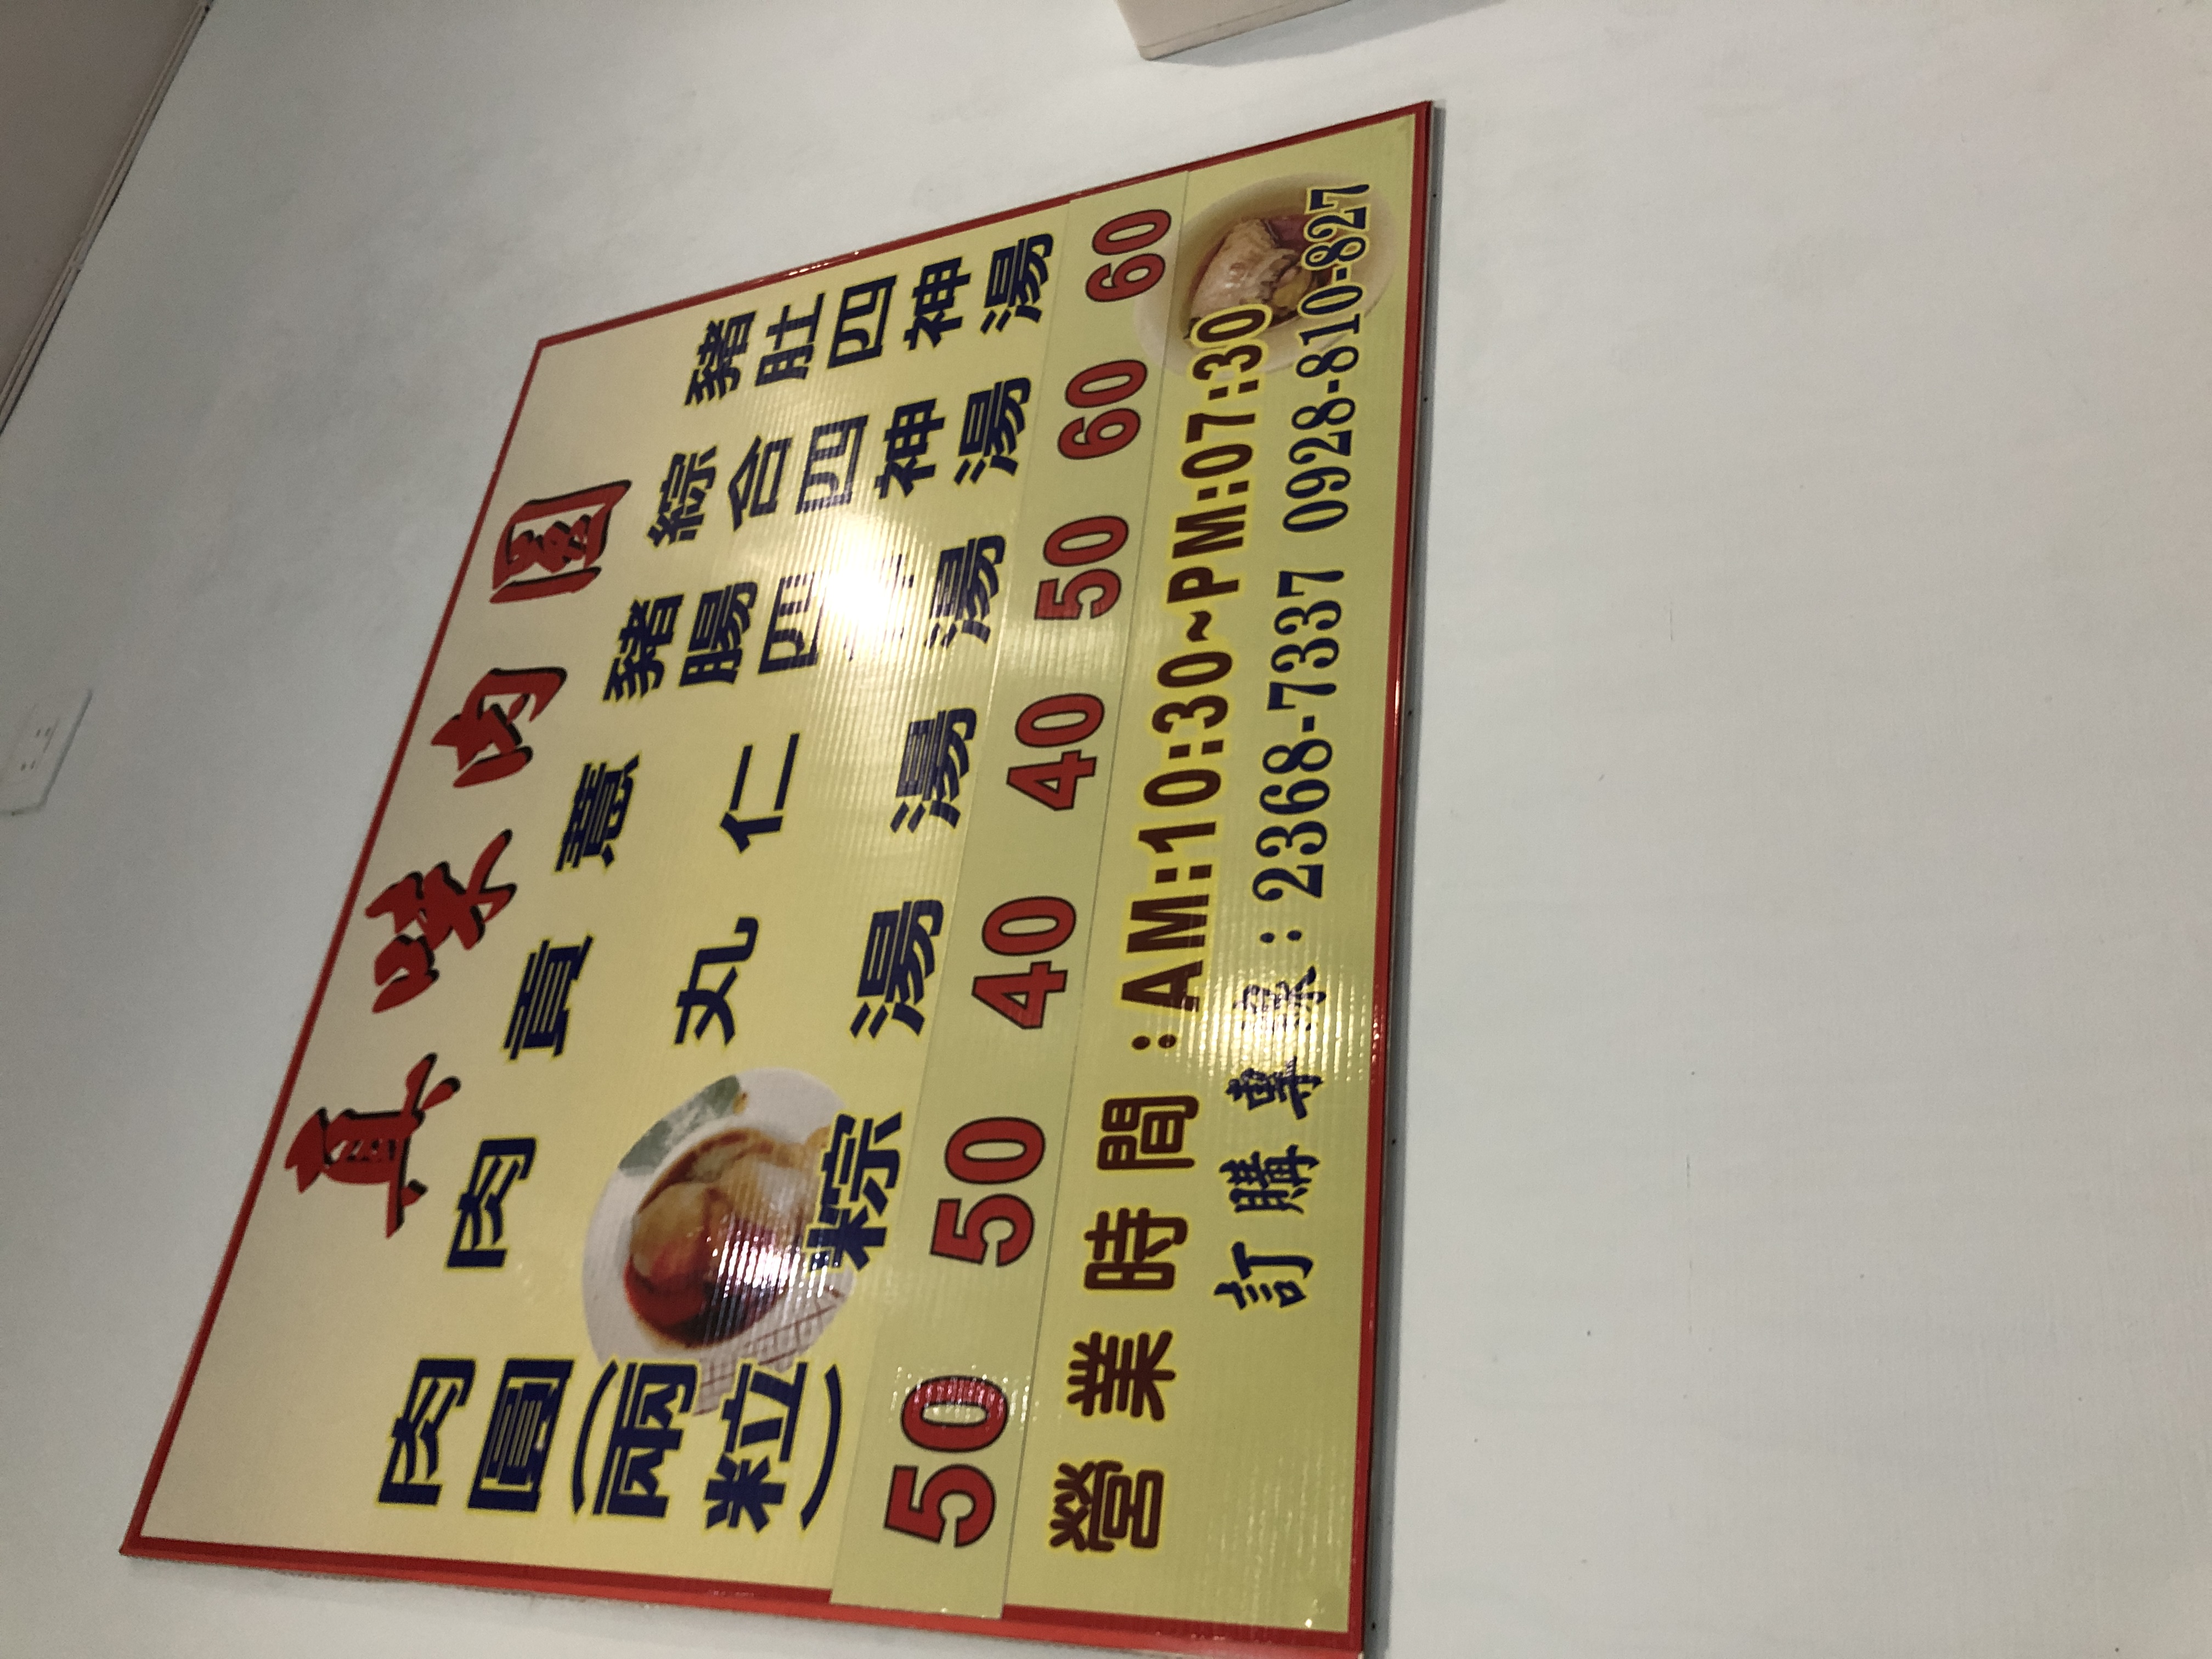
電話：2368-7337 0928-810-827
營業時間：AM:10:30~PM:07:30
菜單：
name: 鴨肉羹
price: 50
name: 肉羹(兩粒)
price: 50
name: 貢丸湯
price: 40
name: 意仁湯
price: 40
name: 豬腸圓湯
price: 50
name: 綜合四神湯
price: 60
name: 綜合四神湯
price: 60